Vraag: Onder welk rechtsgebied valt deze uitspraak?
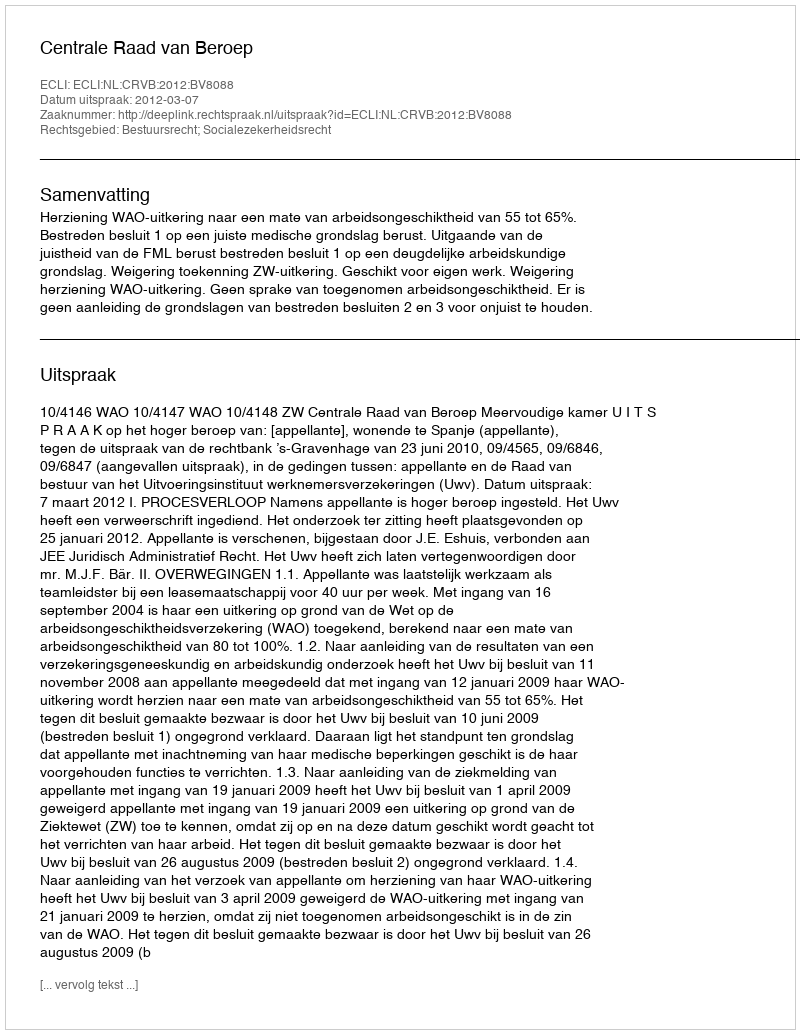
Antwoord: Bestuursrecht; Socialezekerheidsrecht